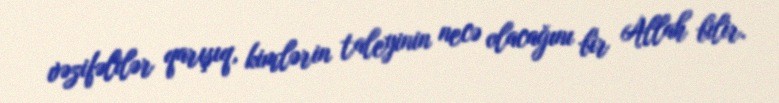
vəzifəlilər qarışıq, kimlərin taleyinin necə olacağını bir Allah bilir.